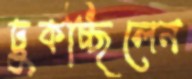
ঢুকচ্ছিলেন